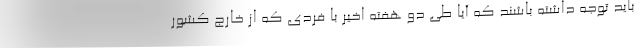
باید توجه داشته باشند که آیا طی دو هفته اخیر با فردی که از خارج کشور